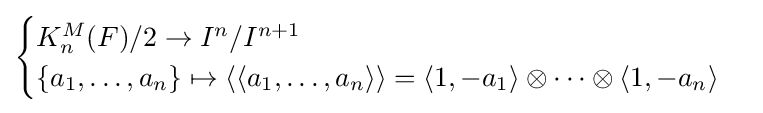
{\begin{cases}K_{n}^{M}(F)/2\to I^{n}/I^{n+1}\\\{a_{1},\ldots ,a_{n}\}\mapsto \langle \langle a_{1},\ldots ,a_{n}\rangle \rangle =\langle 1,-a_{1}\rangle \otimes \cdots \otimes \langle 1,-a_{n}\rangle \end{cases}}